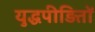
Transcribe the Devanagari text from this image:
युद्धपीड़ितों